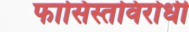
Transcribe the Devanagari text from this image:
फासिस्तविरोधी